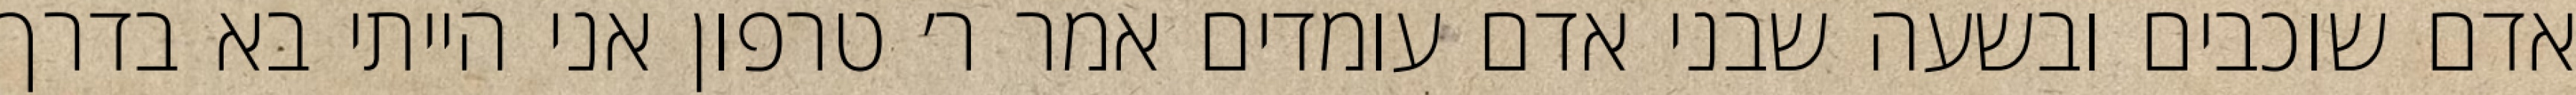
אדם שוכבים ובשעה שבני אדם עומדים אמר ר׳ טרפון אני הייתי בא בדרך